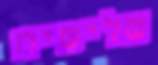
שלישיה